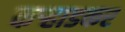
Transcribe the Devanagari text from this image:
कऱ्हाडकर